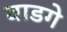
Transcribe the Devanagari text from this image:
वाडगे